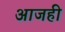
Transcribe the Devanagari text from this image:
अाजही